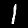
Digit: 1